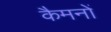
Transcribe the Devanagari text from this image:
कैमनों